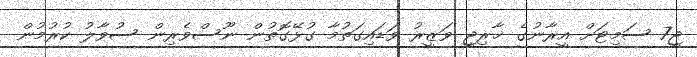
ޖީ7 ސަމިޓަށް އީރާނުގެ ޚާރިޖީ ވަޒީރު ވަޑައިގަތުމާ ގުޅޭގޮތުން ނޫސްވެރިން ސުވާލު ކުރުމުން